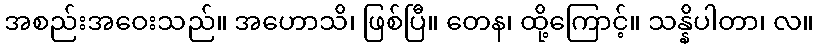
အစည်းအဝေးသည်။ အဟောသိ၊ ဖြစ်ပြီ။ တေန၊ ထို့ကြောင့်။ သန္နိပါတာ၊ လ။